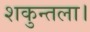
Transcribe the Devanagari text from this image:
शकुन्तला।